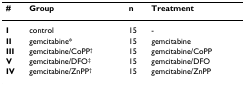
<table><thead><tr><td><b>#</b></td><td><b>Group</b></td><td><b>n</b></td><td><b>Treatment</b></td></tr></thead><tbody><tr><td><b>I</b></td><td>control</td><td>15</td><td>-</td></tr><tr><td><b>II</b></td><td>gemcitabine*</td><td>15</td><td>gemcitabine</td></tr><tr><td><b>III</b></td><td>gemcitabine/CoPP<sup>†</sup></td><td>15</td><td>gemcitabine/CoPP</td></tr><tr><td><b>V</b></td><td>gemcitabine/DFO<sup>‡</sup></td><td>15</td><td>gemcitabine/DFO</td></tr><tr><td><b>IV</b></td><td>gemcitabine/ZnPP<sup>†</sup></td><td>15</td><td>gemcitabine/ZnPP</td></tr></tbody></table>